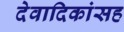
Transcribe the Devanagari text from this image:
देवादिकांसह